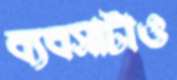
ব্যবসাটাও